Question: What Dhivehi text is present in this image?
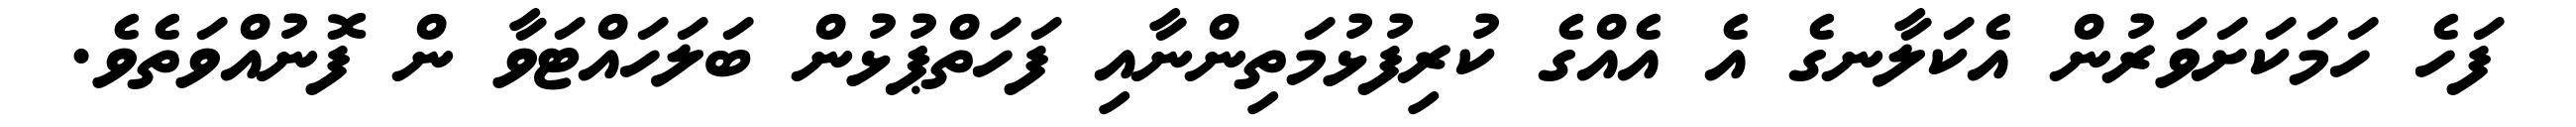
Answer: ފަހެ ހަމަކަށަވަރުން އެކަލާނގެ އެ އެއްގެ ކުރިފުޅުމަތިންނާއި ފަހަތްޕުޅުން ބަލަހައްޓަވާ ން ފޮނުއްވަތެވެ.